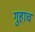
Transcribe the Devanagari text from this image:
गुहाच